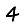
Digit: 4